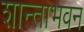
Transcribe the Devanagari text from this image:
शान्ताभवन